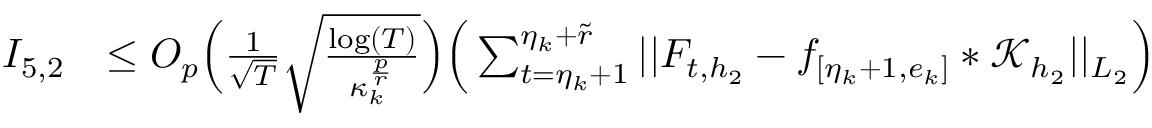
\begin{array} { r l } { I _ { 5 , 2 } } & { \le O _ { p } \Big ( \frac { 1 } { \sqrt { T } } \sqrt { \frac { \log ( T ) } { \kappa _ { k } ^ { \frac { p } { r } } } } \Big ) \Big ( \sum _ { t = \eta _ { k } + 1 } ^ { \eta _ { k } + \widetilde { r } } \vert \vert F _ { t , { h _ { 2 } } } - f _ { [ \eta _ { k } + 1 , e _ { k } ] } \ast \mathcal { K } _ { { h _ { 2 } } } \vert \vert _ { L _ { 2 } } \Big ) } \end{array}